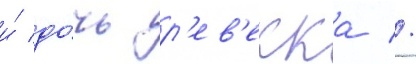
и́ до́чь р'ев'екка //